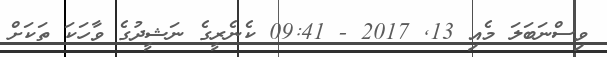
ވިސްނަބަލަ މެއި 13